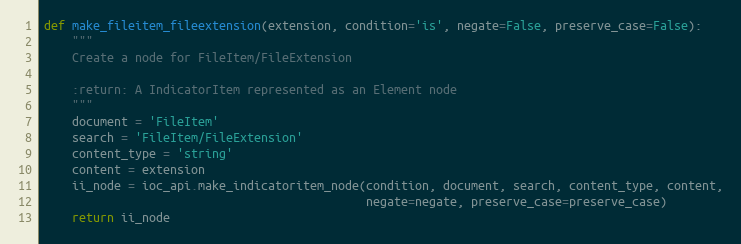
Language: Python
def make_fileitem_fileextension(extension, condition='is', negate=False, preserve_case=False):
    """
    Create a node for FileItem/FileExtension

    :return: A IndicatorItem represented as an Element node
    """
    document = 'FileItem'
    search = 'FileItem/FileExtension'
    content_type = 'string'
    content = extension
    ii_node = ioc_api.make_indicatoritem_node(condition, document, search, content_type, content,
                                              negate=negate, preserve_case=preserve_case)
    return ii_node